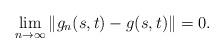
LaTeX: \begin{align*}\lim_{n\to\infty}\|g_n(s,t)-g(s,t)\|=0.\end{align*}